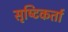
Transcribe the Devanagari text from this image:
सृष्‍टिकर्ता